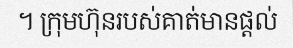
។ ក្រុមហ៊ុនរបស់គាត់មានផ្តល់